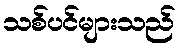
သစ်ပင်များသည်